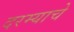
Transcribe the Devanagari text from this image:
दरम्याचे